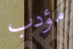
مؤدب